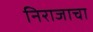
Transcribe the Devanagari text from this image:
निराजाचा